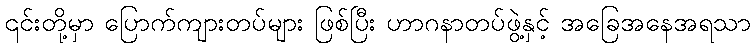
၎င်းတို့မှာ ပြောက်ကျားတပ်များ ဖြစ်ပြီး ဟာဂနာတပ်ဖွဲ့နှင့် အခြေအနေအရသာ